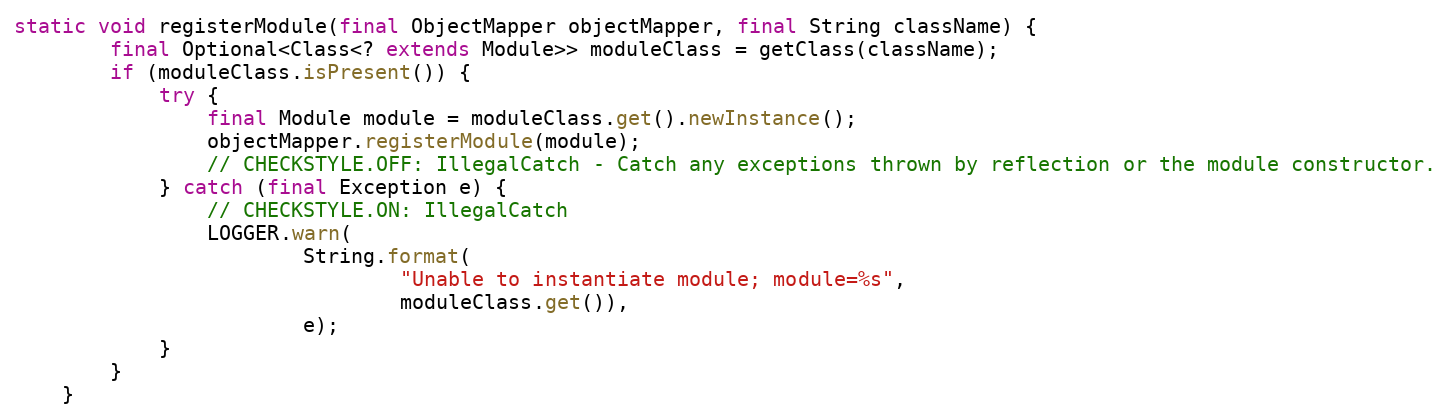
Language: Java
static void registerModule(final ObjectMapper objectMapper, final String className) {
        final Optional<Class<? extends Module>> moduleClass = getClass(className);
        if (moduleClass.isPresent()) {
            try {
                final Module module = moduleClass.get().newInstance();
                objectMapper.registerModule(module);
                // CHECKSTYLE.OFF: IllegalCatch - Catch any exceptions thrown by reflection or the module constructor.
            } catch (final Exception e) {
                // CHECKSTYLE.ON: IllegalCatch
                LOGGER.warn(
                        String.format(
                                "Unable to instantiate module; module=%s",
                                moduleClass.get()),
                        e);
            }
        }
    }